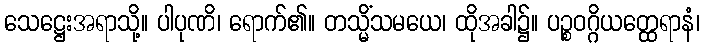
သေဋ္ဌေးအရာသို့။ ပါပုဏိ၊ ရောက်၏။ တသ္မိံသမယေ၊ ထိုအခါ၌။ ပဉ္စဝဂ္ဂိယတ္ထေရာနံ၊